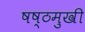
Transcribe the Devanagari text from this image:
षष्ठमुखी